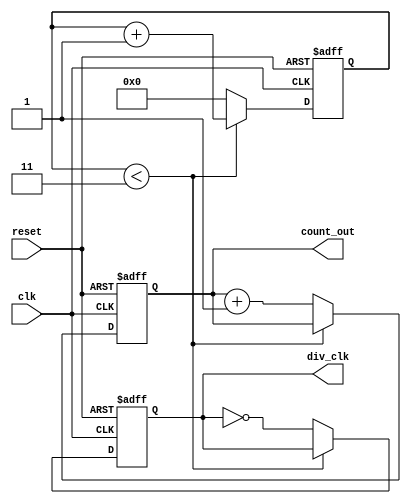
module frequency_divider_counter #(
    parameter N = 4  // Default division factor
)(
    input wire clk,       // Input clock signal
    input wire reset,     // Asynchronous reset signal
    output reg div_clk,   // Divided clock output
    output reg [31:0] count_out // Count output
);

    reg [31:0] count; // Counter register

    // Asynchronous reset and clock division logic
    always @(posedge clk or posedge reset) begin
        if (reset) begin
            count <= 0;       // Reset counter
            div_clk <= 0;     // Reset output clock
            count_out <= 0;   // Reset count output
        end else begin
            if (N > 1) begin
                if (count < (N - 1)) begin
                    count <= count + 1; // Increment counter
                end else begin
                    count <= 0;         // Reset counter
                    div_clk <= ~div_clk; // Toggle divided clock
                    count_out <= count_out + 1; // Increment count output
                end
            end else begin
                // If N <= 1, treat it as 1
                count <= 0;         // Reset counter
                div_clk <= clk;     // Output clock mirrors input clock
                count_out <= count_out + 1; // Increment count output
            end
        end
    end

endmodule